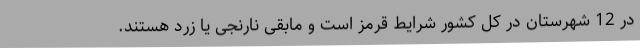
در 12 شهرستان در کل کشور شرایط قرمز است و مابقی نارنجی یا زرد هستند.